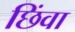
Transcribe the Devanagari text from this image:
छिंवा